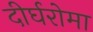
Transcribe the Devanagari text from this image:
दीर्घरोमा